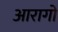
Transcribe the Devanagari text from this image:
आरागो